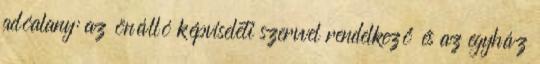
adóalany: az önálló képviseleti szervvel rendelkező és az egyház